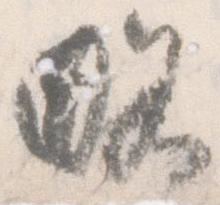
略